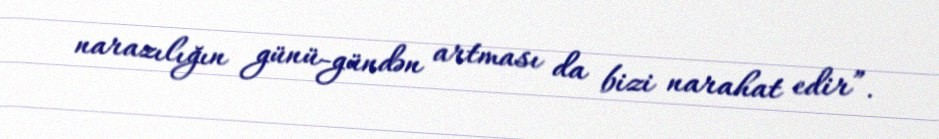
narazılığın günü-gündən artması da bizi narahat edir”.